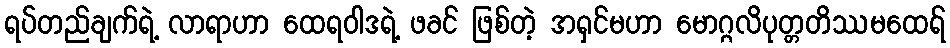
ရပ်တည်ချက်ရဲ့ လာရာဟာ ထေရဝါဒရဲ့ ဖခင် ဖြစ်တဲ့ အရှင်မဟာ မောဂ္ဂလိပုတ္တတိဿမထေရ်